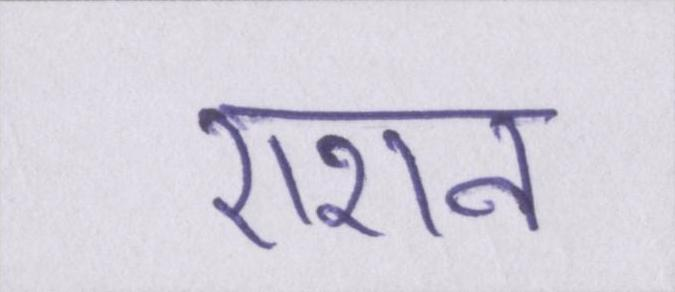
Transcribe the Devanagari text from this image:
राशन